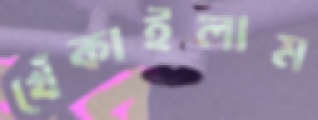
খেঁকাইলাম